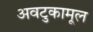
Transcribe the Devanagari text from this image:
अवटुकामूल